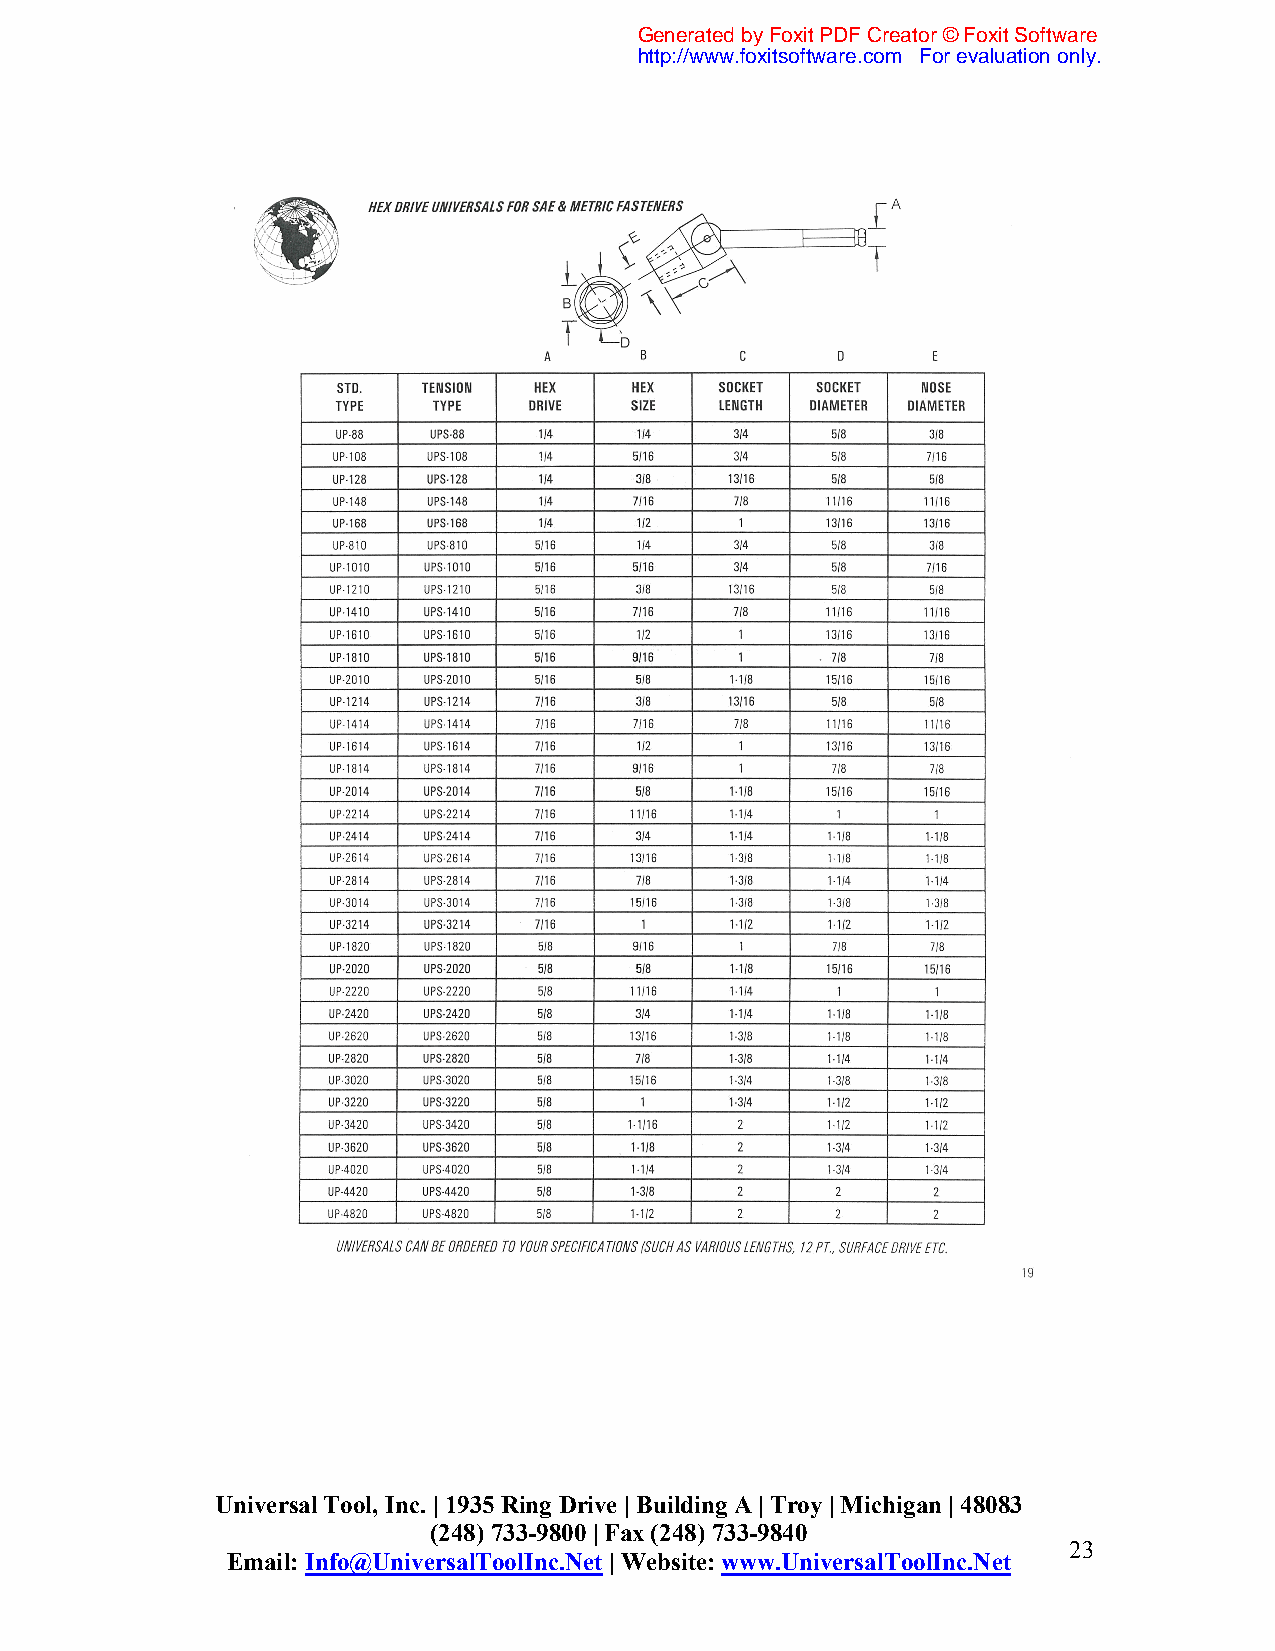
Generated by Foxit PDF Creator © Foxit Software
 http://www.foxitsoftware.com For evaluation only.
 Universal Tool, Inc. | 1935 Ring Drive | Building A | Troy | Michigan | 48083
 (248) 733-9800 | Fax (248) 733-9840
 23
 Email: Info@UniversalToolInc.Net | Website: www.UniversalToolInc.Net